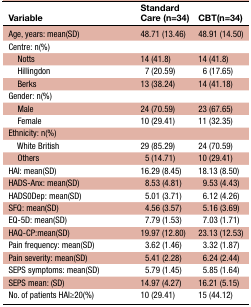
| Variable | Standard Care (n=34) | CBT(n=34) |
 | --- | --- | --- |
 | Age, years: mean(SD) | 48.71 (13.46) | 48.91 (14.50) |
 | Centre: n(%) |  |  |
 | Notts | 14 (41.8) | 14 (41.8) |
 | Hillingdon | 7 (20.59) | 6 (17.65) |
 | Berks | 13 (38.24) | 14 (41.18) |
 | Gender: n(%) |  |  |
 | Male | 24 (70.59) | 23 (67.65) |
 | Female | 10 (29.41) | 11 (32.35) |
 | Ethnicity: n(%) |  |  |
 | White British | 29 (85.29) | 24 (70.59) |
 | Others | 5 (14.71) | 10 (29.41) |
 | HAI: mean(SD) | 16.29 (8.45) | 18.13 (8.50) |
 | HADS-Anx: mean(SD) | 8.53 (4.81) | 9.53 (4.43) |
 | HADS0Dep: mean(SD) | 5.01 (3.71) | 6.12 (4.26) |
 | SFQ: mean(SD) | 4.56 (3.57) | 5.16 (3.69) |
 | EQ-5D: mean(SD) | 7.79 (1.53) | 7.03 (1.71) |
 | HAQ-CP:mean(SD) | 19.97 (12.80) | 23.13 (12.53) |
 | Pain frequency: mean(SD) | 3.62 (1.46) | 3.32 (1.87) |
 | Pain severity: mean(SD) | 5.41 (2.28) | 6.24 (2.44) |
 | SEPS symptoms: mean(SD) | 5.79 (1.45) | 5.85 (1.64) |
 | SEPS mean: (SD) | 14.97 (4.27) | 16.21 (5.15) |
 | No. of patients HAI≥20(%) | 10 (29.41) | 15 (44.12) |